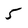
Character: 5